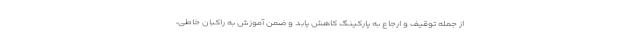
از جمله توقیف و ارجاع به پارکینگ کاهش یابد و ضمن آموزش به راکبان خاطی،